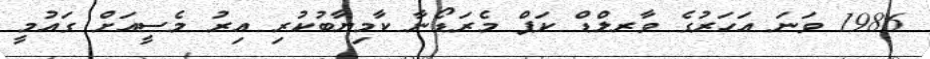
1986 ވަނަ އަހަރުގެ ވާރލްޑް ކަޕް މެރަޑޯނާ ކާމިޔާބުކުރިި އިރު މެސީއަށް ގައުމީ